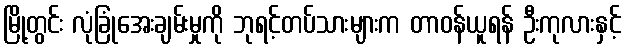
မြို့တွင်း လုံခြုံအေးချမ်းမှုကို ဘုရင့်တပ်သားများက တာဝန်ယူရန် ဦးကုလားနှင့်